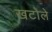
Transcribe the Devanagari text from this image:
खटोले